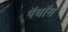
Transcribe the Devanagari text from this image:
पॅथॉस